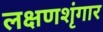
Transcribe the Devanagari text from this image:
लक्षणशृंगार